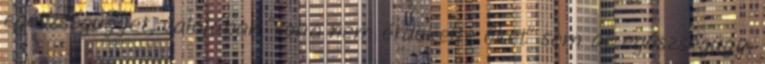
egészségügyet, valójában "soha nem érdekelte őket" sem az egészségügy,